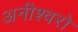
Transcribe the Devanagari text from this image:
अनीश्वरो